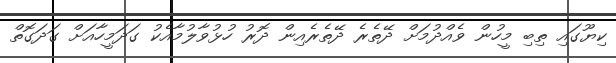
ކިޔޫގައި ތިބި މީހުން ވެއްދުމަށް ދޭތެރެ ދޭތެރެއިން ދޮރު ހުޅުވާލުމާއެކު ގަދަމީހާއަށް ގަދަގޮތް